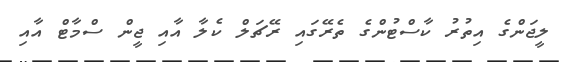
ލީޖަންގެ އިތުރު ކާސްޓުންގެ ތެރޭގައި ރޭޗަލް ކެލާ އާއި ޖީން ސްމާޓް އާއި